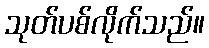
သုတ်ပစ်လိုက်သည်။